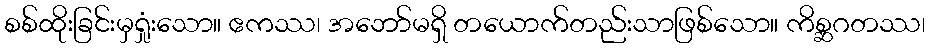
စစ်ထိုးခြင်းမှရှုံးသော။ ဧကဿ၊ အဘော်မရှိ တယောက်တည်းသာဖြစ်သော။ ကိစ္ဆဂတဿ၊